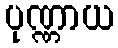
ပုဏ္ဏာယ